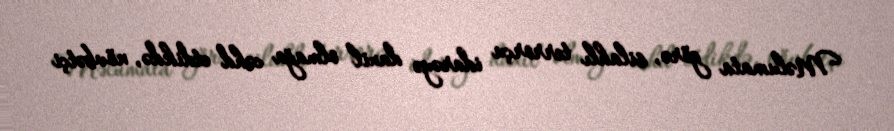
Məlumata görə, silahlı terrorçu idarəyə daxil olmağa cəhd etdikdə, növbətçi